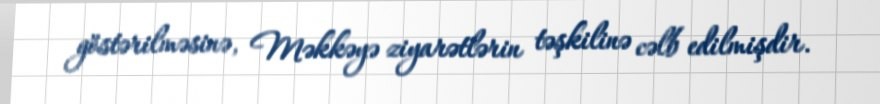
göstərilməsinə, Məkkəyə ziyarətlərin təşkilinə cəlb edilmişdir.